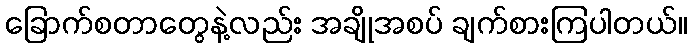
ခြောက်စတာတွေနဲ့လည်း အချိုအစပ် ချက်စားကြပါတယ်။